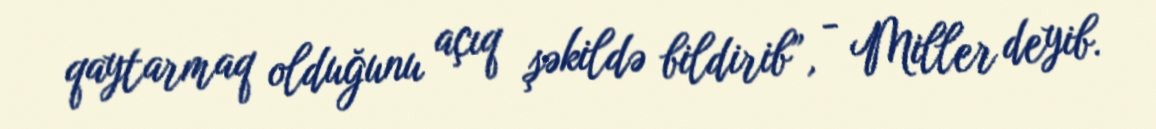
qaytarmaq olduğunu açıq şəkildə bildirib”, - Miller deyib.